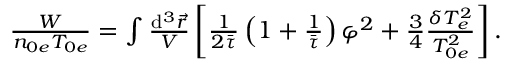
\begin{array} { r } { \frac { W } { n _ { 0 e } T _ { 0 e } } = \int \frac { \mathrm { d } ^ { 3 } \vec { r } } { V } \left[ \frac { 1 } { 2 \bar { \tau } } \left( 1 + \frac { 1 } { \bar { \tau } } \right) \varphi ^ { 2 } + \frac { 3 } { 4 } \frac { \delta T _ { e } ^ { 2 } } { T _ { 0 e } ^ { 2 } } \right] . } \end{array}